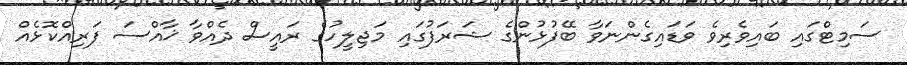
ސަމިޓްގައި ބައިވެރިވެ ވަޑައިގެންނަވާ ބޭފުޅުންގެ ޝަރަފުގައި މަޖިލީހުގެ ރައީސް ދެއްވާ ޚާއްސަ ފަރިއްކޮޅެއް